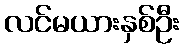
လင်မယားနှစ်ဦး